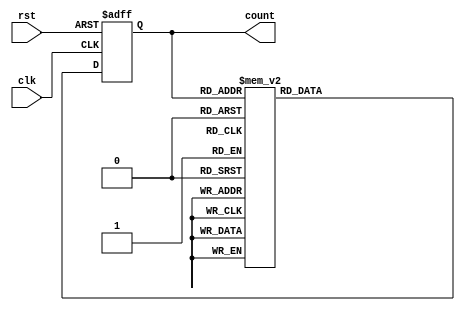
module gray_code_ring_counter (
input wire clk,
input wire rst,
output reg [3:0] count
);

reg [3:0] next_count;

always @(posedge clk or posedge rst) begin
    if (rst) begin
        count <= 4'b0000;
    end else begin
        count <= next_count;
    end
end

always @(*) begin
    case (count)
        4'b0000: next_count = 4'b0001;
        4'b0001: next_count = 4'b0011;
        4'b0011: next_count = 4'b0010;
        4'b0010: next_count = 4'b0110;
        4'b0110: next_count = 4'b0111;
        4'b0111: next_count = 4'b0101;
        4'b0101: next_count = 4'b0100;
        4'b0100: next_count = 4'b1100;
        4'b1100: next_count = 4'b1101;
        4'b1101: next_count = 4'b1111;
        4'b1111: next_count = 4'b1110;
        4'b1110: next_count = 4'b1010;
        4'b1010: next_count = 4'b1011;
        4'b1011: next_count = 4'b1001;
        4'b1001: next_count = 4'b1000;
        4'b1000: next_count = 4'b0000;
    endcase
end

endmodule